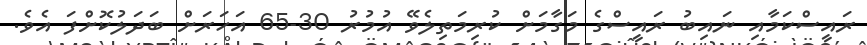
ރައީސްކަމާއި ނައިބު ރައީސްގެ މަގާމަށް ކުރިމަތިލެވޭ އުމުރު 30-65 އަހަރަށް ބަދަލުކޮށްފަ އެވެ.